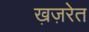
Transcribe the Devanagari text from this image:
ख़ज़रेत